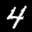
Label: 4